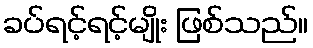
ခပ်ရင့်ရင့်မျိုး ဖြစ်သည်။